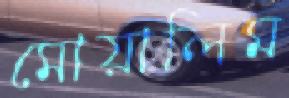
মোয়ালিম